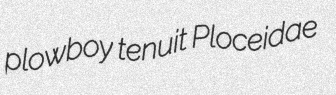
plowboy tenuit Ploceidae